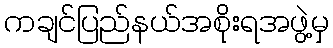
ကချင်ပြည်နယ်အစိုးရအဖွဲ့မှ